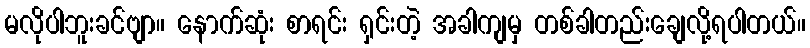
မလိုပါဘူးခင်ဗျာ။ နောက်ဆုံး စာရင်း ရှင်းတဲ့ အခါကျမှ တစ်ခါတည်းချေလို့ရပါတယ်။